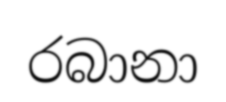
රබානා